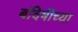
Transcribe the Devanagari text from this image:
बंदिषीच्या